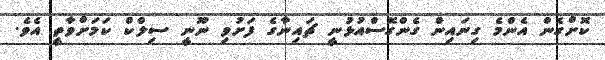
ކޮށްގެން އެންމެ ގިނައިން ގެންގޮސްއުޅުނީ ޗައިނާގެ ފަށުވި ނޫނީ ސިލްކް ކަމަށްވާތީ އެވެ.